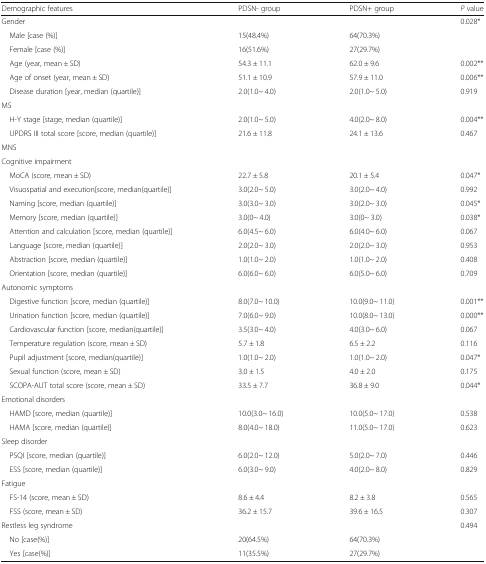
<table><thead><tr><td><b>Demographic features</b></td><td><b>PDSN- group</b></td><td><b>PDSN+ group</b></td><td><b><i>P</i> value</b></td></tr></thead><tbody><tr><td>Gender</td><td></td><td></td><td>0.028*</td></tr><tr><td> Male [case (%)]</td><td>15(48.4%)</td><td>64(70.3%)</td><td></td></tr><tr><td> Female [case (%)]</td><td>16(51.6%)</td><td>27(29.7%)</td><td></td></tr><tr><td> Age (year, mean ± SD)</td><td>54.3 ± 11.1</td><td>62.0 ± 9.6</td><td>0.002**</td></tr><tr><td> Age of onset (year, mean ± SD)</td><td>51.1 ± 10.9</td><td>57.9 ± 11.0</td><td>0.006**</td></tr><tr><td> Disease duration [year, median (quartile)]</td><td>2.0(1.0~ 4.0)</td><td>2.0(1.0~ 5.0)</td><td>0.919</td></tr><tr><td>MS</td><td></td><td></td><td></td></tr><tr><td> H-Y stage [stage, median (quartile)]</td><td>2.0(1.0~ 5.0)</td><td>4.0(2.0~ 8.0)</td><td>0.004**</td></tr><tr><td> UPDRS III total score [score, median (quartile)]</td><td>21.6 ± 11.8</td><td>24.1 ± 13.6</td><td>0.467</td></tr><tr><td>MNS</td><td></td><td></td><td></td></tr><tr><td>Cognitive impairment</td><td></td><td></td><td></td></tr><tr><td> MoCA (score, mean ± SD)</td><td>22.7 ± 5.8</td><td>20.1 ± 5.4</td><td>0.047*</td></tr><tr><td> Visuospatial and execution[score, median(quartile)]</td><td>3.0(2.0~ 5.0)</td><td>3.0(2.0~ 4.0)</td><td>0.992</td></tr><tr><td> Naming [score, median (quartile)]</td><td>3.0(3.0~ 3.0)</td><td>3.0(2.0~ 3.0)</td><td>0.045*</td></tr><tr><td> Memory [score, median (quartile)]</td><td>3.0(0~ 4.0)</td><td>3.0(0~ 3.0)</td><td>0.038*</td></tr><tr><td> Attention and calculation [score, median (quartile)]</td><td>6.0(4.5~ 6.0)</td><td>6.0(4.0~ 6.0)</td><td>0.067</td></tr><tr><td> Language [score, median (quartile)]</td><td>2.0(2.0~ 3.0)</td><td>2.0(2.0~ 3.0)</td><td>0.953</td></tr><tr><td> Abstraction [score, median (quartile)]</td><td>1.0(1.0~ 2.0)</td><td>1.0(1.0~ 2.0)</td><td>0.408</td></tr><tr><td> Orientation [score, median (quartile)]</td><td>6.0(6.0~ 6.0)</td><td>6.0(5.0~ 6.0)</td><td>0.709</td></tr><tr><td>Autonomic symptoms</td><td></td><td></td><td></td></tr><tr><td> Digestive function [score, median (quartile)]</td><td>8.0(7.0~ 10.0)</td><td>10.0(9.0~ 11.0)</td><td>0.001**</td></tr><tr><td> Urination function [score, median (quartile)]</td><td>7.0(6.0~ 9.0)</td><td>10.0(8.0~ 13.0)</td><td>0.000**</td></tr><tr><td> Cardiovascular function [score, median(quartile)]</td><td>3.5(3.0~ 4.0)</td><td>4.0(3.0~ 6.0)</td><td>0.067</td></tr><tr><td> Temperature regulation (score, mean ± SD)</td><td>5.7 ± 1.8</td><td>6.5 ± 2.2</td><td>0.116</td></tr><tr><td> Pupil adjustment [score, median(quartile)]</td><td>1.0(1.0~ 2.0)</td><td>1.0(1.0~ 2.0)</td><td>0.047*</td></tr><tr><td> Sexual function (score, mean ± SD)</td><td>3.0 ± 1.5</td><td>4.0 ± 2.0</td><td>0.175</td></tr><tr><td> SCOPA-AUT total score (score, mean ± SD)</td><td>33.5 ± 7.7</td><td>36.8 ± 9.0</td><td>0.044*</td></tr><tr><td>Emotional disorders</td><td></td><td></td><td></td></tr><tr><td> HAMD [score, median (quartile)]</td><td>10.0(3.0~ 16.0)</td><td>10.0(5.0~ 17.0)</td><td>0.538</td></tr><tr><td> HAMA [score, median (quartile)]</td><td>8.0(4.0~ 18.0)</td><td>11.0(5.0~ 17.0)</td><td>0.623</td></tr><tr><td>Sleep disorder</td><td></td><td></td><td></td></tr><tr><td> PSQI [score, median (quartile)]</td><td>6.0(2.0~ 12.0)</td><td>5.0(2.0~ 7.0)</td><td>0.446</td></tr><tr><td> ESS [score, median (quartile)]</td><td>6.0(3.0~ 9.0)</td><td>4.0(2.0~ 8.0)</td><td>0.829</td></tr><tr><td>Fatigue</td><td></td><td></td><td></td></tr><tr><td> FS-14 (score, mean ± SD)</td><td>8.6 ± 4.4</td><td>8.2 ± 3.8</td><td>0.565</td></tr><tr><td> FSS (score, mean ± SD)</td><td>36.2 ± 15.7</td><td>39.6 ± 16.5</td><td>0.307</td></tr><tr><td>Restless leg syndrome</td><td></td><td></td><td>0.494</td></tr><tr><td> No [case(%)]</td><td>20(64.5%)</td><td>64(70.3%)</td><td></td></tr><tr><td> Yes [case(%)]</td><td>11(35.5%)</td><td>27(29.7%)</td><td></td></tr></tbody></table>